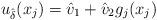
LaTeX: \begin{align*}u_{\hat{\delta}}(x_{j})=\hat{v}_{1}+\hat{v}_{2}g_{j}(x_{j})\end{align*}